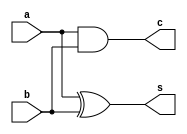
`timescale 1ns / 1ps
//////////////////////////////////////////////////////////////////////////////////
// Module Name: HalfAdder
// Assignment: Lab-1
// Problem: 1-(a)
// Group: 24
// Group Members: Parth Jindal, Pranav Rajput
// Description: Half adder for computing sum and carry for 2 binary bits
//////////////////////////////////////////////////////////////////////////////////
module HalfAdder(s/*sum*/, c/*carry*/, a/*inp*/, b/*inp*/);
    input a, b;
    output s, c;
    assign s = a ^ b;
    assign c = a & b;
endmodule